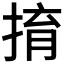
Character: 𢯡